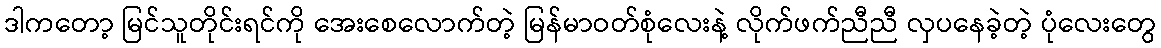
ဒါကတော့ မြင်သူတိုင်းရင်ကို အေးစေလောက်တဲ့ မြန်မာဝတ်စုံလေးနဲ့ လိုက်ဖက်ညီညီ လှပနေခဲ့တဲ့ ပုံလေးတွေ